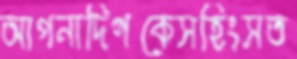
আপনাদিগকেসহিংসত